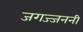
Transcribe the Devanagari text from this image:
जगज्जननी